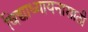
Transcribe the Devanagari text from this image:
विद्याध्यायनासाठी